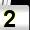
Digit: 2